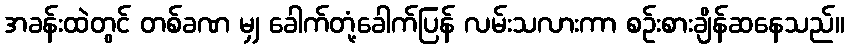
အခန်းထဲတွင် တစ်ခဏ မျှ ခေါက်တုံ့ခေါက်ပြန် လမ်းသလားကာ စဉ်းစားချိန်ဆနေသည်။